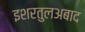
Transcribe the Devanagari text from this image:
इशरतुलअबाद